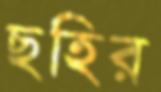
ছহির